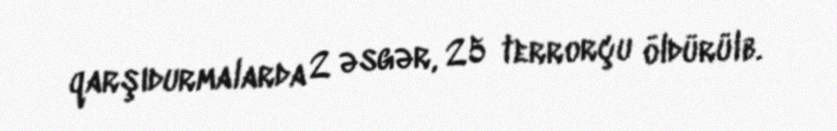
qarşıdurmalarda 2 əsgər, 25 terrorçu öldürülb.